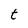
Character: t